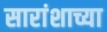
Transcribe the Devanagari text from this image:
सारांशाच्या